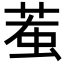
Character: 𧊝